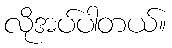
လိုအပ်ပါတယ်။